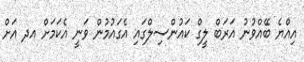
އިއްޔެ ބޭއްވުނު އަރަބް ލީގް ކައުންސިލްގައި އެގައުމުން ވަނީ އެކަމަށް އދ އަށް